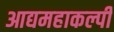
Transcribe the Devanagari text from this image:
आद्यमहाकल्पी